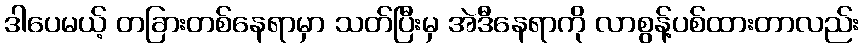
ဒါပေမယ့် တခြားတစ်နေရာမှာ သတ်ပြီးမှ အဲဒီနေရာကို လာစွန့်ပစ်ထားတာလည်း